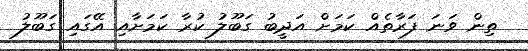
ތިން ވަނަ ފަރާތެއް ކަމަށް އަދީބު ގަބޫލު ކުރާ ކަމަށާއި އޭގައި ގަބޫލު